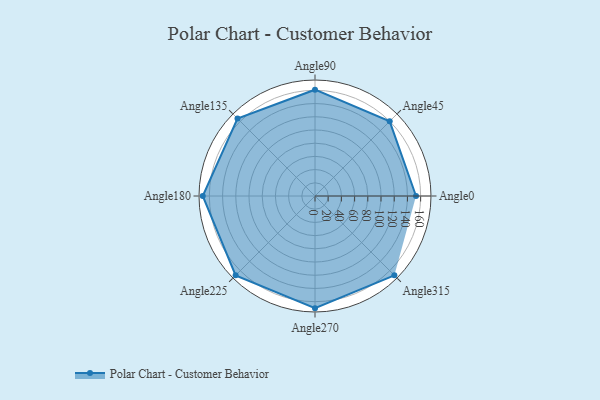
{"axis": {"x": "Angle", "y": "Radius"}, "legend": [""], "data": [{"x": "Angle0", "y": 153.0, "type": ""}, {"x": "Angle45", "y": 160.0, "type": ""}, {"x": "Angle90", "y": 161.0, "type": ""}, {"x": "Angle135", "y": 166.0, "type": ""}, {"x": "Angle180", "y": 170, "type": ""}, {"x": "Angle225", "y": 170, "type": ""}, {"x": "Angle270", "y": 170, "type": ""}, {"x": "Angle315", "y": 170, "type": ""}]}